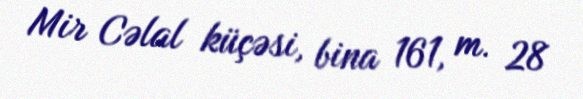
Mir Cəlal küçəsi, bina 161, m. 28